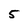
Character: 5